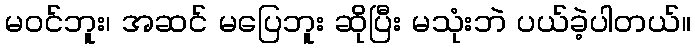
မဝင်ဘူး၊ အဆင် မပြေဘူး ဆိုပြီး မသုံးဘဲ ပယ်ခဲ့ပါတယ်။